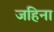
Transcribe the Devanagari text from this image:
जहिना